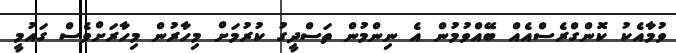
ވުމާއެކު ކޮންގްރެސްއެއް ބޭއްވުމުން އެ ނިންމުން ތަސްދީގު ކުރުމަށް މިހާރުން މިހާރަށްވެސް ގައުމީ